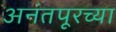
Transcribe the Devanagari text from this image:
अनंतपूरच्या